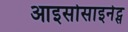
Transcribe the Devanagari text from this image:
आइसोसाइनेट्स